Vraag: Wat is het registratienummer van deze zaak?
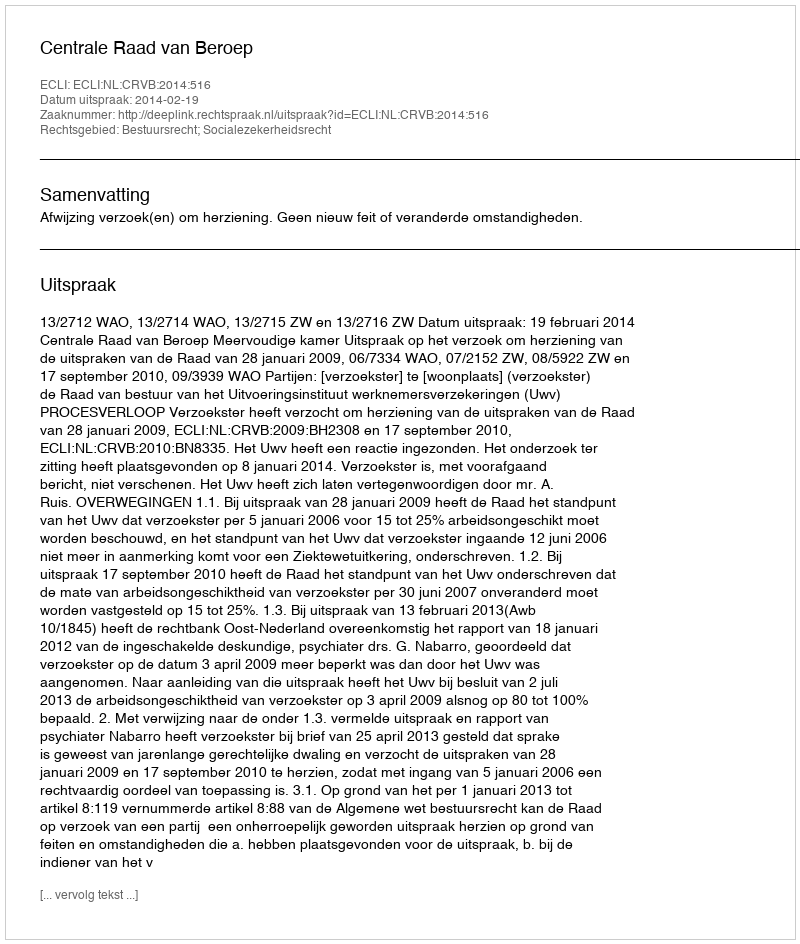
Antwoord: http://deeplink.rechtspraak.nl/uitspraak?id=ECLI:NL:CRVB:2014:516